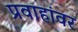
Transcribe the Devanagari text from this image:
प्रवाहांवर